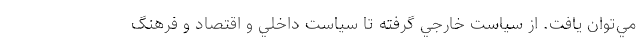
مي‌توان يافت. از سياست خارجي گرفته تا سياست داخلي و اقتصاد و فرهنگ